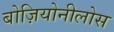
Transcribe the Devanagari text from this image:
बोज़ियोनीलोस